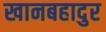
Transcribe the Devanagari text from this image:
खानबहादुर